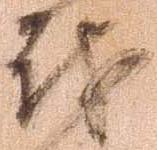
戦